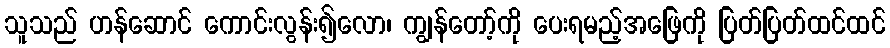
သူသည် ဟန်ဆောင် ကောင်းလွန်း၍လော၊ ကျွန်တော့်ကို ပေးရမည့်အဖြေကို ပြတ်ပြတ်ထင်ထင်